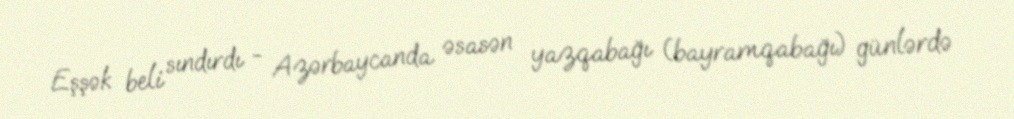
Eşşək beli sındırdı - Azərbaycanda əsasən yazqabağı (bayramqabağı) günlərdə